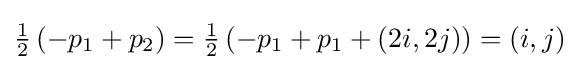
{\tfrac {1}{2}}\left(-p_{1}+p_{2}\right)={\tfrac {1}{2}}\left(-p_{1}+p_{1}+(2i,2j)\right)=(i,j)